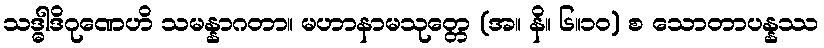
သဒ္ဓါဒိဂုဏေဟိ သမန္နာဂတာ။ မဟာနာမသုတ္တေ (အ။ နိ။ ၆။၁၀) စ သောတာပန္နဿ